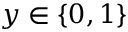
y \in \{ 0 , 1 \}